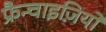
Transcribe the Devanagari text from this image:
फ्रैन्चाइज़ियों